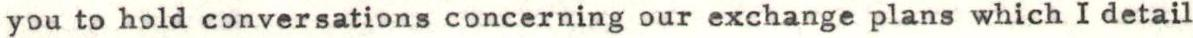
you to hold conversations concerning our exchange plans which I detail